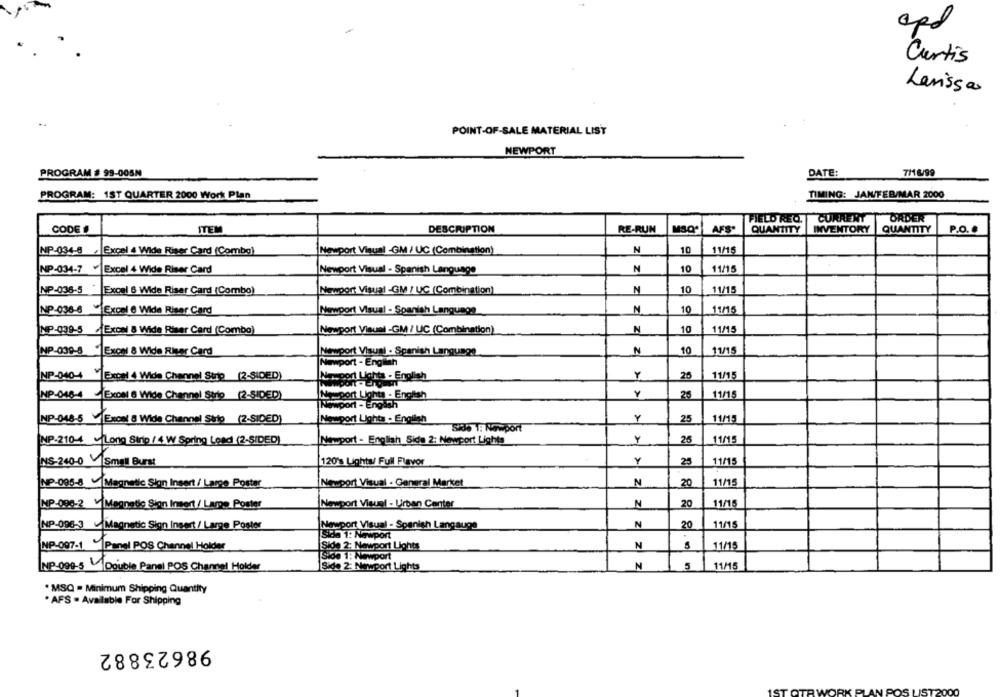
Curtis
Larissa
POINT-OF-SALE MATERIAL LIST
NEWPORT
PROGRAM # 95-005N
DATE:
7/18/99
PROGRAM: 1ST QUARTER 2000 Work Plan
TIMING: JAN/FEB/MAR 2000
FIELD REQ. CURRENT
ORDER
CODE #
ITEM
DESCRIPTION
RE-RUN
AFS.
QUANTITY
INVENTORY
QUANTITY
P.O. .
NP-034-8 / Excel 4 Wide Riser Card (Combg)
Newport Visual -GM / UC (Combination)
N
10
11/15
NP-034-7 ¥ Excel 4 Wide Riser Card
Newport Visual - Spanish Language
N
10
11/15
NP-036-5
Excel 6 Wide Riser Card (Combo)
Newport Visual -GM / UC (Combination)
N
10
11/15
NP-038-6 Expel & Wide Riser Card
Newport Visual - Spanish Language
N
10
11/15
11/15
NP-039-5 Excel 8 Wide Riser Card (Combo)
Newport Visual -GM/ UC (Combination)
N
10
NP-039-8 Excel 8 Wide Riser Card
Newport Visual . Spanish Language
N
10
11/15
Newport - English
NP-040-4 Expert 4 Wide Channel Strip (2-SIDED)
INsport Lights - English
26
11/15
MP-048-4 ExON 6 Wide Channel Strip (2-SIDED)
Mesport Lights - English
Y
25
11/15
|Newport - English
Newport Lights - English
25
NP-048-5 - Excel 8 Wide Channel Stig (2-SIDED)
11/15
Side 1: Newport
Y
11/15
NP-210-4 |Long Sinp /4 W Spring Load (2-SIDED)
Newport - English Side 2: Newport Lights
25
Y
11/15
NS-240-0 Small Burst
120's Lights/ Full Flavor
25
N
11/15
NP-098-8 Magnetic Sion Insert / Large Poster
Newport Visual - General Market
20
N
NP-098-2 V Megnetic Sion Insert/ Large Poster
Newport Visuel - Urban Center
20
11/15
NP-096-3 Magnetic Sign Insert/ Large Poster
Newport Visual - Spanish Langauge
N
20
11/15
Sida 1: Newport
Side 2: Newport Lights
11/15
NP-097-1 |Panel POS Channel Holder
N
Side 1: Newport
Side 2: Newport Lights
NP-099-5 Double Panel POS Channel Holder
N
5
11/15
. MSQ = Minimum Shipping Quantity
· AFS . Available For Shipping
98623882